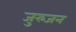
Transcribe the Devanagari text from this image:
जुरुजन